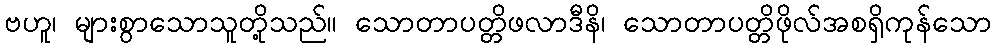
ဗဟူ၊ များစွာသောသူတို့သည်။ သောတာပတ္တိဖလာဒီနိ၊ သောတာပတ္တိဖိုလ်အစရှိကုန်သော